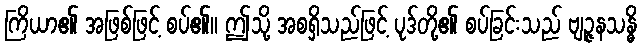
ကြိယာ၏ အဖြစ်ဖြင့် စပ်၏။ ဤသို့ အစရှိသည်ဖြင့် ပုဒ်တို့၏ စပ်ခြင်းသည် ဗျဉ္ဇနသန္ဓိ